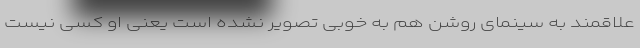
علاقمند به سینمای روشن هم به خوبی تصویر نشده است یعنی او کسی نیست